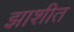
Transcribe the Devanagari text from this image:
झाशीत